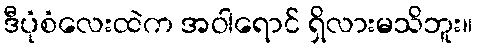
ဒီပုံစံလေးထဲက အဝါရောင် ရှိလားမသိဘူး။